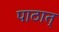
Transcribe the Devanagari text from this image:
पाठात्‌